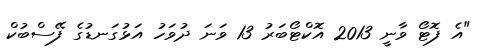
"އެ ފޮޓޯ ވާނީ 2013 އޮކްޓޯބަރު 13 ވަނަ ދުވަހު އަޅުގަނޑުގެ ފޭސްބުކް